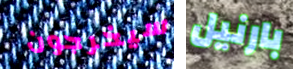
سيخرجون بارنيل